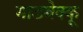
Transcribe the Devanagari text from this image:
माडबेक्कू